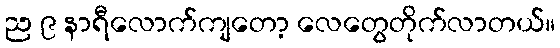
ည ၉ နာရီလောက်ကျတော့ လေတွေတိုက်လာတယ်။